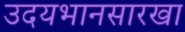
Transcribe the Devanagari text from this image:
उदयभानसारखा